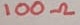
Text: 100Ω